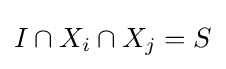
I\cap X_{i}\cap X_{j}=S